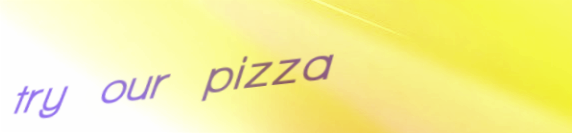
try our pizza